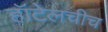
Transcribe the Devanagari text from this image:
हॉटेलचीच